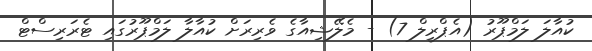
ކުއާލަ ލަމްޕޫރު (އެޕްރީލް 7) - މެލޭޝިއާގެ ވެރިރަށް ކުއާލާ ލަމްޕޫރުގައި ޓެރަރިސްޓް